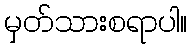
မှတ်သားစရာပါ။